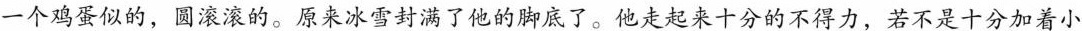
一个鸡蛋似的，圆滚滚的。原来冰雪封满了他的脚底了。他走起来十分的不得力，若不是十分的加着小